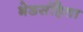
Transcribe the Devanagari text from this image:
भेडसंहिता